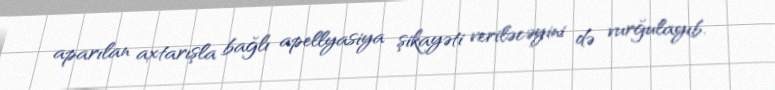
aparılan axtarışla bağlı apellyasiya şikayəti veriləcəyini də vurğulayıb.